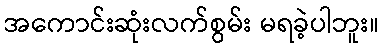
အကောင်းဆုံးလက်စွမ်း မရခဲ့ပါဘူး။